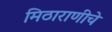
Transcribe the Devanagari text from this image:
मिठाराणीचे